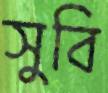
সুবি